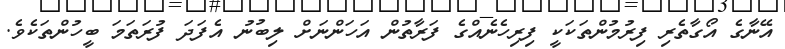
އޭނާގެ އޯގާތެރި ފިރުމުންތަކަކީ ފިރިހެނެއްގެ ފަރާތުން އަހަންނަށް ލިބުނު އެފަދަ ފުރަތަމަ ބީހުންތަކެވެ.